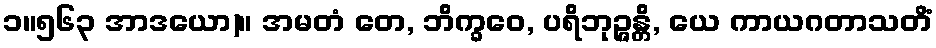
၁။၅၆၃ အာဒယော)။ အမတံ တေ, ဘိက္ခဝေ, ပရိဘုဉ္ဇန္တိ, ယေ ကာယဂတာသတိံ